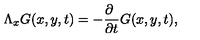
\Lambda _ { x } G ( x , y , t ) = - \frac { \partial \phantom { t } } { \partial t } G ( x , y , t ) ,